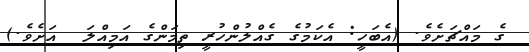
ގެ މައްޗަށެވެ. (އެބަހީ: އެކަމުގެ ގެއްލުންހުރީ ތިމަންގެ އަމިއްލަ  އަށެވެ.)